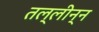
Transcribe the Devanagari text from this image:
तल्लीन्न